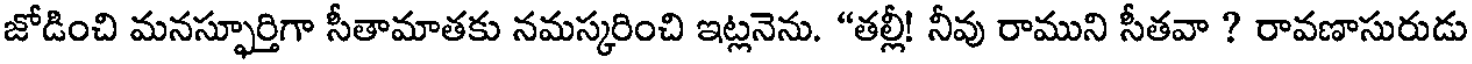
జోడించి మనస్ఫూర్తిగా సీతామాతకు నమస్కరించి ఇట్లనెను. "తల్లీ! నీవు రాముని సీతవా ? రావణాసురుడు